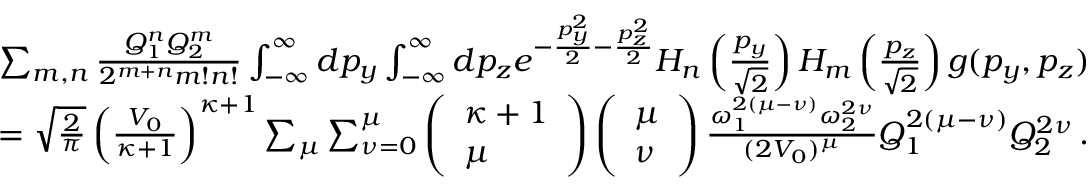
\begin{array} { r } { \sum _ { m , n } \frac { Q _ { 1 } ^ { n } Q _ { 2 } ^ { m } } { 2 ^ { m + n } m ! n ! } \int _ { - \infty } ^ { \infty } d p _ { y } \int _ { - \infty } ^ { \infty } d p _ { z } e ^ { - \frac { p _ { y } ^ { 2 } } { 2 } - \frac { p _ { z } ^ { 2 } } { 2 } } H _ { n } \left( \frac { p _ { y } } { \sqrt { 2 } } \right) H _ { m } \left( \frac { p _ { z } } { \sqrt { 2 } } \right) g ( p _ { y } , p _ { z } ) } \\ { = \sqrt { \frac { 2 } { \pi } } \left( \frac { V _ { 0 } } { \kappa + 1 } \right) ^ { \kappa + 1 } \sum _ { \mu } \sum _ { \nu = 0 } ^ { \mu } \left( \begin{array} { l } { \kappa + 1 } \\ { \mu } \end{array} \right) \left( \begin{array} { l } { \mu } \\ { \nu } \end{array} \right) \frac { \omega _ { 1 } ^ { 2 ( \mu - \nu ) } \omega _ { 2 } ^ { 2 \nu } } { ( 2 V _ { 0 } ) ^ { \mu } } Q _ { 1 } ^ { 2 ( \mu - \nu ) } Q _ { 2 } ^ { 2 \nu } \, . } \end{array}